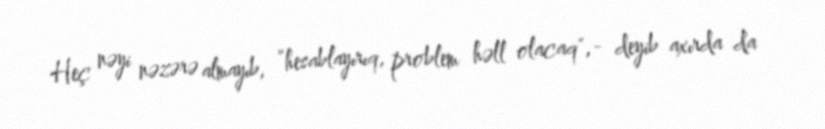
Heç nəyi nəzərə almayıb, ”hesablayırıq, problem həll olacaq",- deyib axırda da